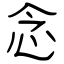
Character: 念